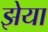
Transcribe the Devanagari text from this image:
झेया